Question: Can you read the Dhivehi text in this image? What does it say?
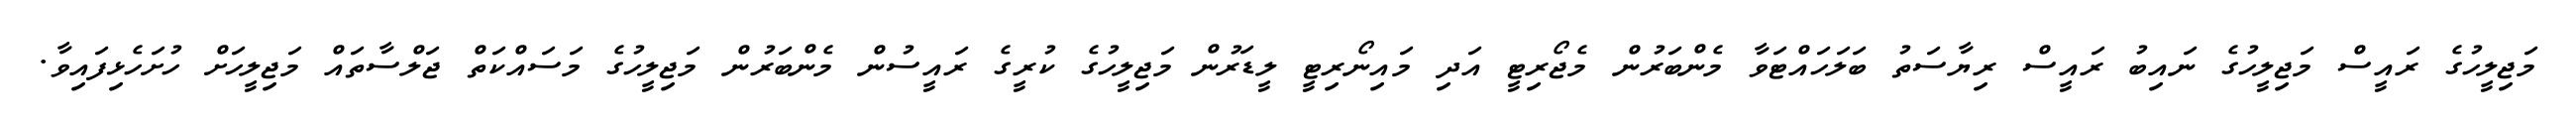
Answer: މަޖިލީހުގެ ރައީސް މަޖިލީހުގެ ނައިބު ރައީސް ރިޔާސަތު ބަލަހައްޓަވާ މެންބަރުން މެޖޯރިޓީ އަދި މައިނޯރިޓީ ލީޑަރުން މަޖިލީހުގެ ކުރީގެ ރައީސުން މެންބަރުން މަޖިލީހުގެ މަސައްކަތް ޖަލްސާތައް މަޖިލީހަށް ހުށަހެޅިފައިވާ.